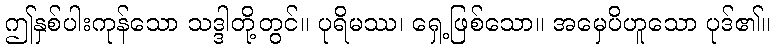
ဤနှစ်ပါးကုန်သော သဒ္ဒါတို့တွင်။ ပုရိမဿ၊ ရှေ့ဖြစ်သော။ အမှေပိဟူသော ပုဒ်၏။